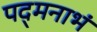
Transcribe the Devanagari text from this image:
पद्‌मनाभं